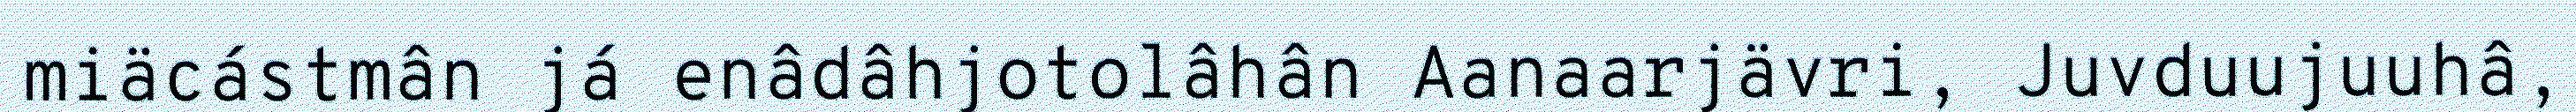
miäcástmân já enâdâhjotolâhân Aanaarjävri, Juvduujuuhâ,